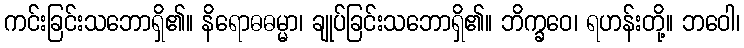
ကင်းခြင်းသဘောရှိ၏။ နိရောဓဓမ္မာ၊ ချုပ်ခြင်းသဘောရှိ၏။ ဘိက္ခဝေ၊ ရဟန်းတို့။ ဘဝေါ၊